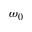
\omega _ { 0 }